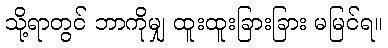
သို့ရာတွင် ဘာကိုမျှ ထူးထူးခြားခြား မမြင်ရ။